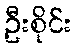
ဦးစိုင်း